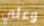
وعلي